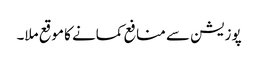
پوزیشن سے منافع کمانے کا موقع ملا۔